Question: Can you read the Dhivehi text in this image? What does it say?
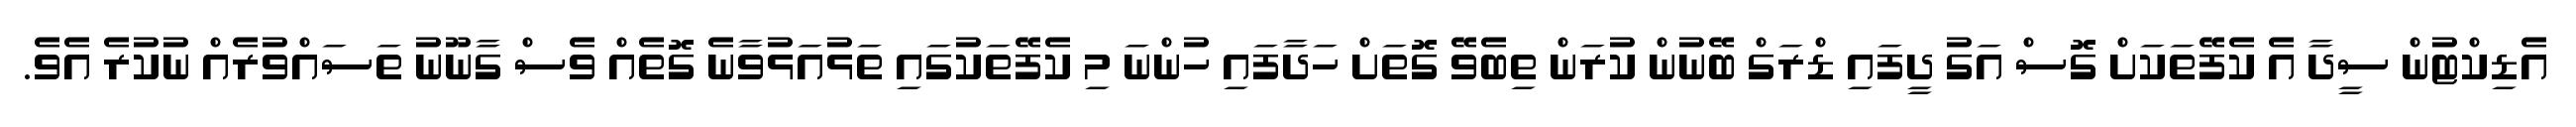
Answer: އެޑިކްޓުން ސީދާ އެ ކެފޭތަކަށް ގޮސް އަގު ދީފައި ޑްރަގް ބޭނުން ކުރަން ތިބެވޭ ގޮތަށް ހަދާފައި ހުންނަ މި ކެފޭތަކުގައި ތަޅުއަޅުވާނެ ގޮތެއް ވެސް ގާނޫނު ތަސައްވުރެއް ނުކުރެ އެވެ.